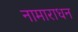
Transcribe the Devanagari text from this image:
नामाराधन